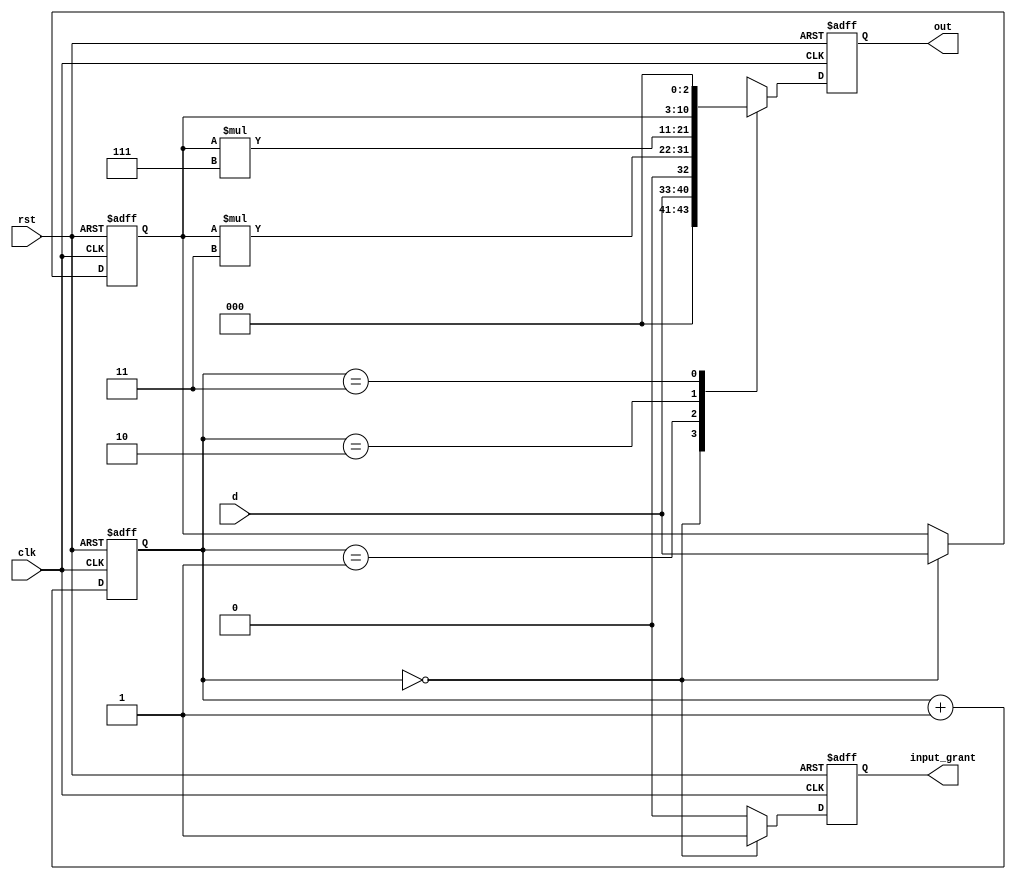
`timescale 1ns/1ps

// 

module NowCode_VL4_2(
    input [7:0]d ,
    input clk,
    input rst,
    output reg input_grant,
    output reg [10:0]out
);

//*************code***********//

reg [1:0] cnt;
reg [7:0] dbk;

always @(posedge clk, negedge rst) begin
    if(!rst) cnt <= 2'b0;
    else cnt <= cnt + 1'b1;
end

always @(posedge clk, negedge rst) begin
    if(!rst) dbk <= 8'b0;
    else if(cnt == 2'b0) dbk <= d;
end

always @(posedge clk, negedge rst) begin
    if(!rst) input_grant <= 1'b0;
    else if(cnt == 2'b0) input_grant <= 1'b1;
    else input_grant <= 1'b0;
end

always @(posedge clk, negedge rst) begin
    if(!rst) out <= 11'b0;
    else begin
        case(cnt)
        0: out <= d;
        1: out <= dbk * 3;
        2: out <= dbk * 7;
        3: out <= dbk << 3;
        endcase
    end
end

//*************code***********//

endmodule